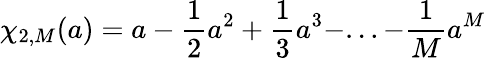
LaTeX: \chi_{2,M}(a)=a-\frac 12a^{2}+\frac 13a^{3}-...-\frac 1Ma^{M}